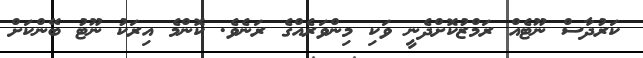
ކަރުދާސް ނޫޓެއް ރަމްޒުކޮށްދެނީ ވަކި މިންވަރެއްގެ ރަނެވެ. ކޮންމެ އިރަކު ނޫޓު ބޭންކަށް